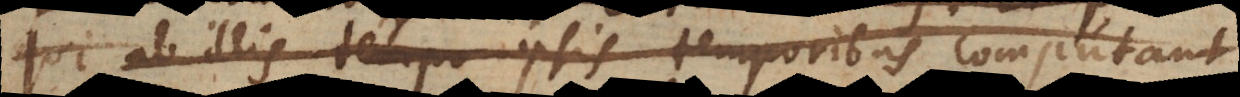
qui ab illis tempo ipsis temporibus computant